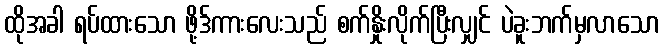
ထိုအခါ ရပ်ထားသော ဖို့ဒ်ကားလေးသည် စက်နှိုးလိုက်ပြီးလျှင် ပဲခူးဘက်မှလာသော